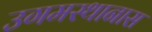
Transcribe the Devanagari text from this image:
उगमस्थानास